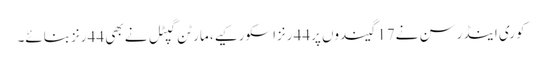
کوری اینڈرسن نے17 گیندوں پر44 رنزاسکورکیے، مارٹن گپٹل نے بھی 44 رنزبنائے۔